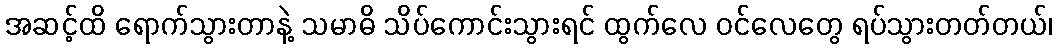
အဆင့်ထိ ရောက်သွားတာနဲ့ သမာဓိ သိပ်ကောင်းသွားရင် ထွက်လေ ဝင်လေတွေ ရပ်သွားတတ်တယ်၊